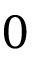
0